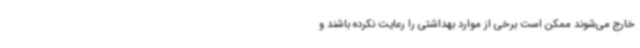
خارج می‌شوند ممکن است برخی از موارد بهداشتی را رعایت نکرده باشند و